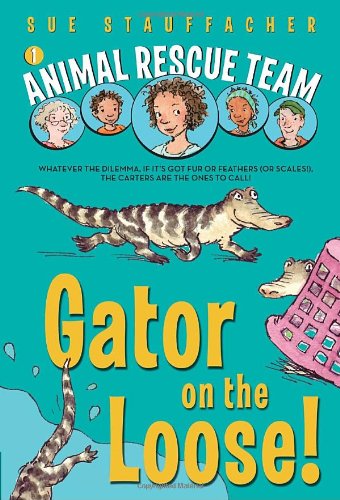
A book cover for Gator on the Loose! (Animal Rescue Team); Sue Stauffacher; Children's Books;